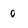
Character: 0